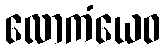
လောကံယေဝ